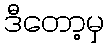
ဒီတော့မှ